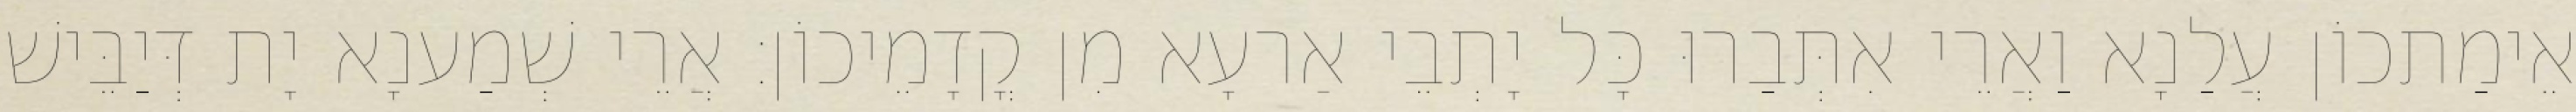
אֵימַתכוֹן עֲלַנָא וַאֲרֵי אִתְּבַרוּ כָּל יָתְבֵי אַרעָא מִן קֳדָמֵיכוֹן׃ אֲרֵי שְׁמַענָא יָת דְּיַבֵּישׁ